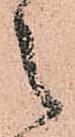
之